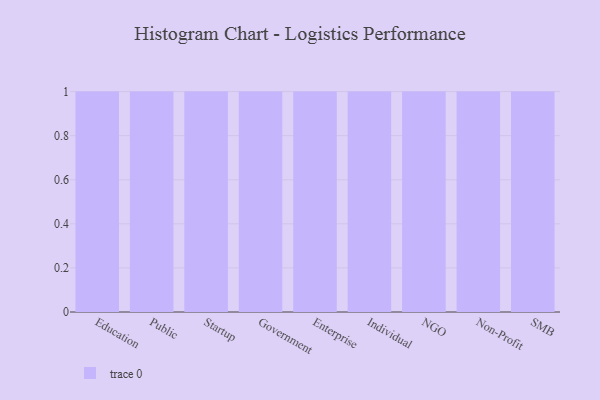
{"axis": {"x": "Segment", "y": "Customer Acquisition Cost (USD)"}, "legend": [""], "data": [{"x": "Education", "y": 26, "type": ""}, {"x": "Public", "y": 61, "type": ""}, {"x": "Startup", "y": 68, "type": ""}, {"x": "Government", "y": 69, "type": ""}, {"x": "Enterprise", "y": 7, "type": ""}, {"x": "Individual", "y": 17, "type": ""}, {"x": "NGO", "y": 26, "type": ""}, {"x": "Non-Profit", "y": 50, "type": ""}, {"x": "SMB", "y": 21, "type": ""}]}